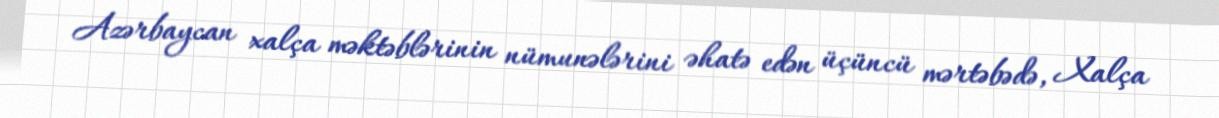
Azərbaycan xalça məktəblərinin nümunələrini əhatə edən üçüncü mərtəbədə, Xalça